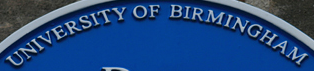
UNIVERSITY OF BIRMINGHAM